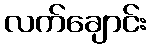
လက်ချောင်း